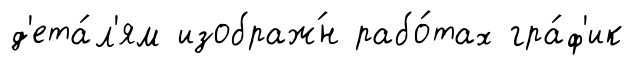
д'ета́л'ям изображ́н рабо́тах гра́ф'ик